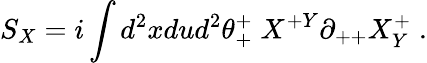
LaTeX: S_{X}=i\int d^{2}xdud^{2}\theta_{+}^{+}\; X^{+Y}\partial_{++}X_{Y}^{+}\; .